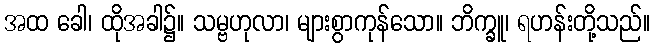
အထ ခေါ၊ ထိုအခါ၌။ သမ္ဗဟုလာ၊ များစွာကုန်သော။ ဘိက္ခူ၊ ရဟန်းတို့သည်။